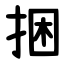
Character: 捆